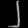
Digit: ၂